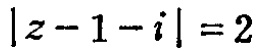
\(|z - 1 - i| = 2\)